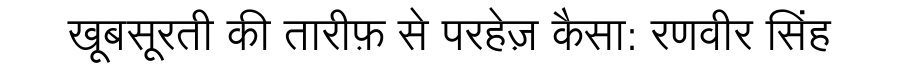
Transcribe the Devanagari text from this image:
खूबसूरती की तारीफ़ से परहेज़ कैसा: रणवीर सिंह